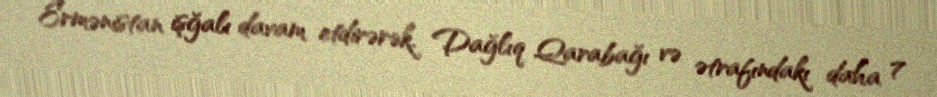
Ermənistan işğalı davam etdirərək, Dağlıq Qarabağı və ətrafındakı daha 7